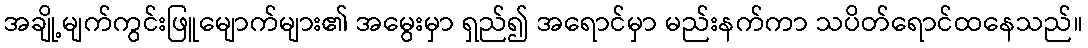
အချို့မျက်ကွင်းဖြူမျောက်များ၏ အမွေးမှာ ရှည်၍ အရောင်မှာ မည်းနက်ကာ သပိတ်ရောင်ထနေသည်။